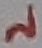
Text: 2